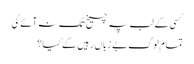
کسی کے لب پہ چیخ تک نہ آئے گی
تمام لوگ بے زباں رہیں گے کیا؟